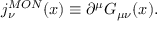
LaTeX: j _ { \nu } ^ { M O N } ( x ) \equiv \partial ^ { \mu } G _ { \mu \nu } ( x ) .